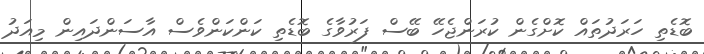
ބޮޑެތި ހަރަދުތައް ކޮށްގެން ކުރަންޖެހޭ ބޭސް ފަރުވާގެ ބޮޑެތި ކަންކަންވެސް އާސަންދައިން މިއަދު